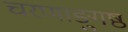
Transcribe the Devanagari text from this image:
चरणाङ्गुष्ठ